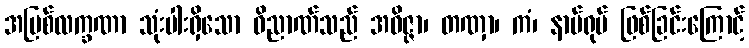
အပြစ်လက္ခဏာ သုံးပါးရှိသော ဝိညာဏ်သည် အဝိဇ္ဇာ၊ တဏှာ၊ ကံ၊ နာမ်ရုပ် ဖြစ်ခြင်းကြောင့်